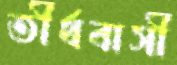
তীর্থবাসী